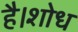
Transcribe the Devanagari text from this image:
है।शोध